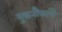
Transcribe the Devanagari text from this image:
युद्धनौकांचे